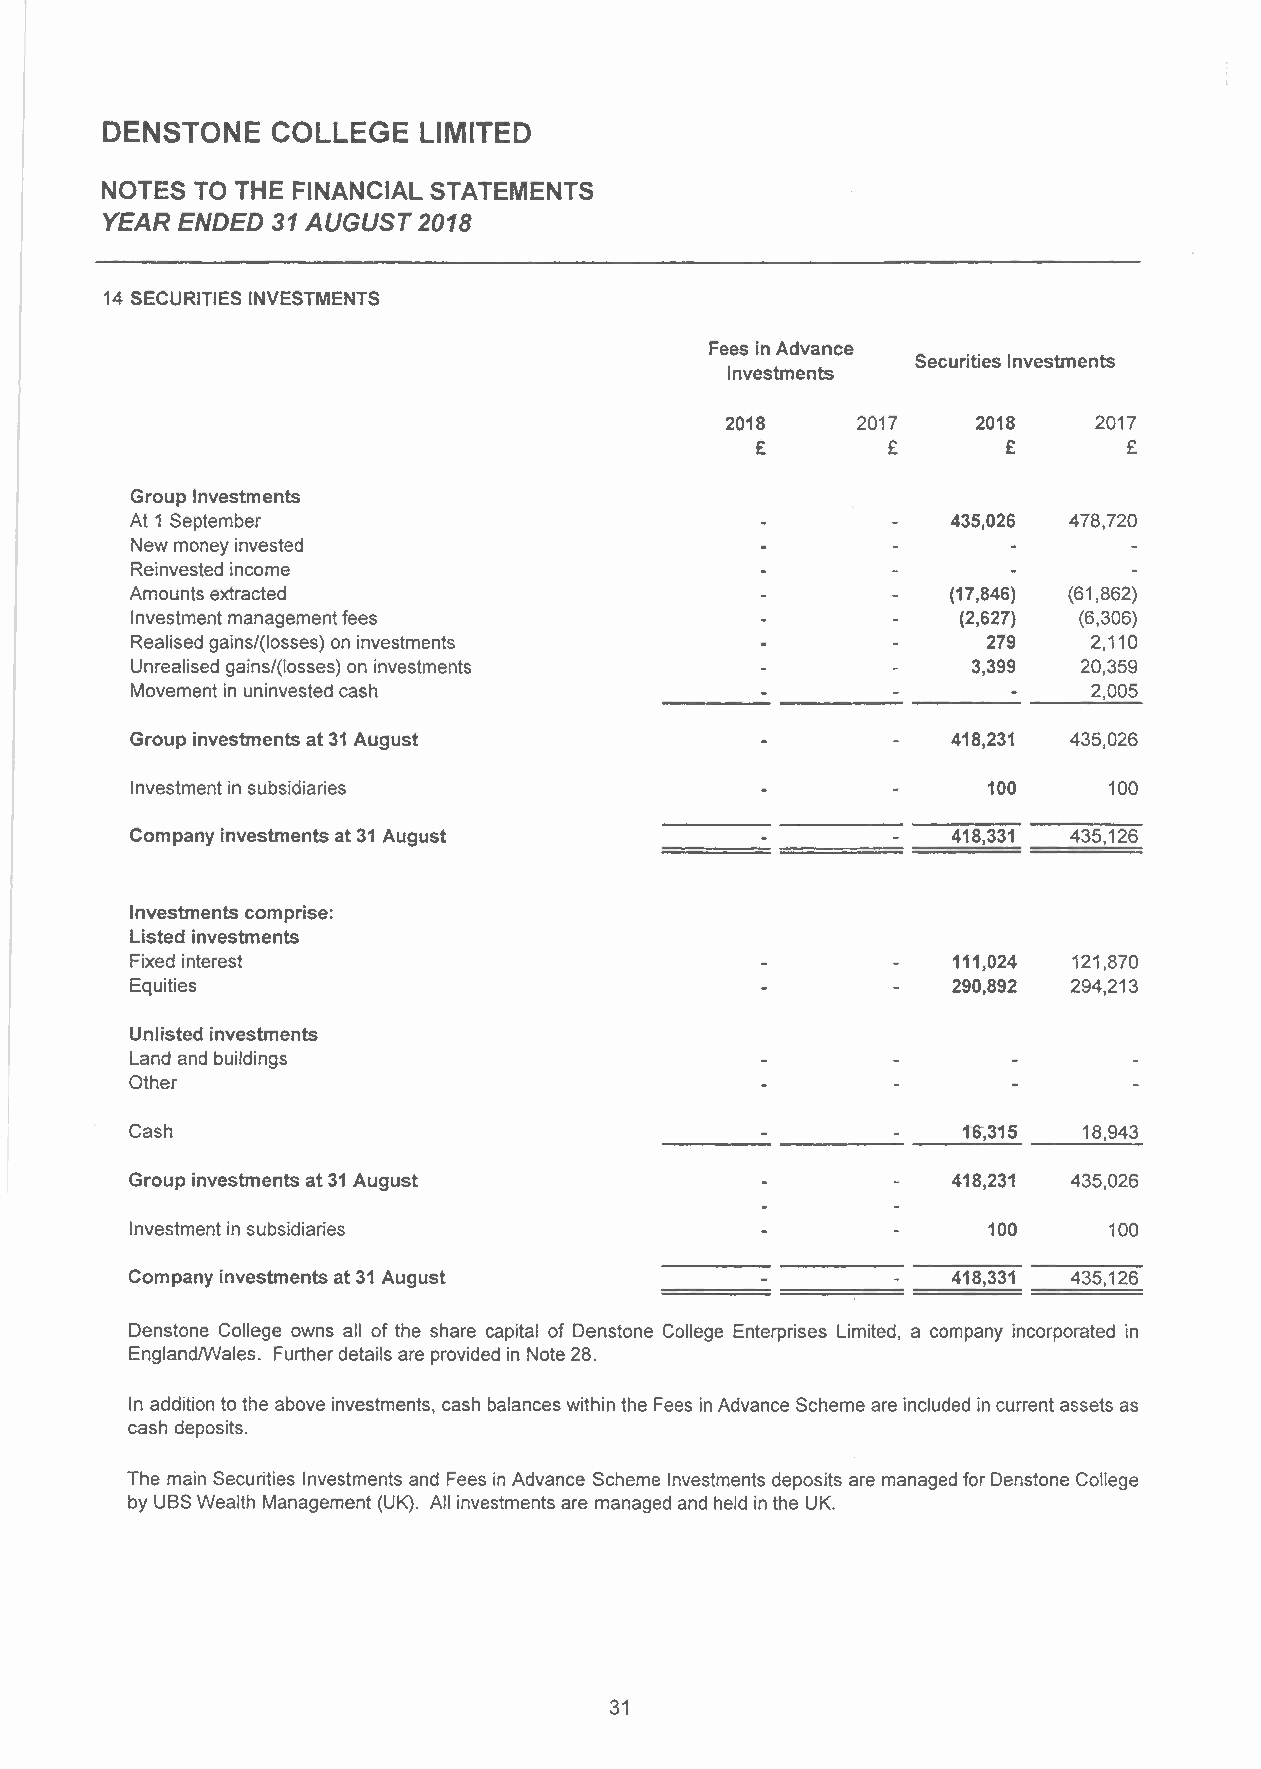
DENSTONE   COLLEGE   LIMITED
 NOTES TO THE FINANCIAL STATEMENTS
 YEAR ENDED 31 AUGUST 2018
 14 SECURITIES INVESTMENTS
 Fees in Advance
 Securities Investments
 Investments
 2018     2017    2018    2017
 £        £       £       £
 Group Investments
 At 1 September                                        435,026 478,720
 New money invested
 Reinvested income
 Amounts extracted                                     (17,846) (61,862)
 Investment management fees                             (2,627) (6,306)
 Realised gains/(Iosses) on investments                  279    2,110
 Unrealised gains/(Iosses) on investments               3,399   20,359
 Movement in uninvested cash                                    2,005
 Group investments at 31 August                        418,231 435,026
 Investment in subsidiaries                              100     100
 Company investments at 31 August                      418,331 435,126
 Investments comprise:
 Listed investments
 Fixed interest                                        111,024 121,870
 Equities                                              290,892 294,213
 Unlisted investments
 Land and buildings
 Other
 Cash                                                   1"6;315 18,943
 Group investments at 31 August                        418,231 435,026
 Investment in subsidiaries                              100     100
 Company investments at 31 August                      418,331 435,126
 Denstone College owns all of the share capital of Denstone College Enterprises Limited, a company incorporated in
 EnglandlWales. Further details are provided in Note 28.
 In addition to the above investments, cash balances within the Fees in Advance Scheme are included in current assets as
 cash deposits.
 The main Securities Investments and Fees in Advance Scheme Investments deposits are managed for Denstone College
 by UBS Wealth Management (UK). All investments are managed and held in the UK.
 31